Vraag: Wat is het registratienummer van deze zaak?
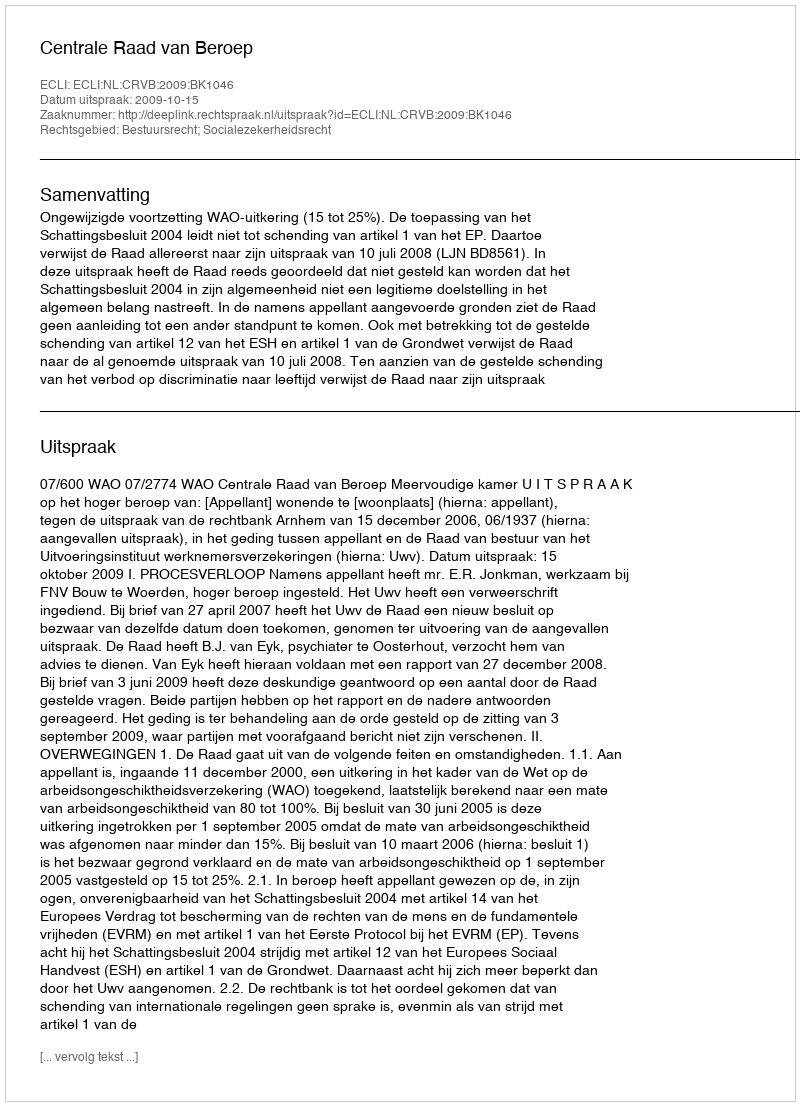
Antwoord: http://deeplink.rechtspraak.nl/uitspraak?id=ECLI:NL:CRVB:2009:BK1046